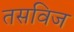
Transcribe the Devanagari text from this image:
तसविज